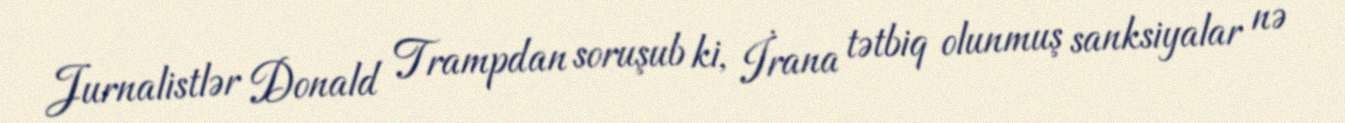
Jurnalistlər Donald Trampdan soruşub ki, İrana tətbiq olunmuş sanksiyalar nə